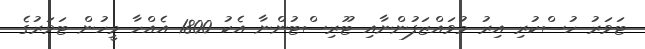
ޓަވަރު ހުސްކުރި އިރު މުވައްޒަފުންނާއި ޓޫރިސްޓުންނާ އެކު 1800 އެއްހާ މީހުން ޓަވަރުގެ